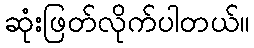
ဆုံးဖြတ်လိုက်ပါတယ်။